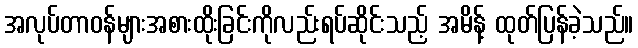
အလုပ်တာဝန်များအစားထိုးခြင်းကိုလည်းရပ်ဆိုင်းသည့် အမိန့် ထုတ်ပြန်ခဲ့သည်။